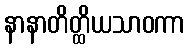
နာနာတိတ္ထိယသာဝကာ